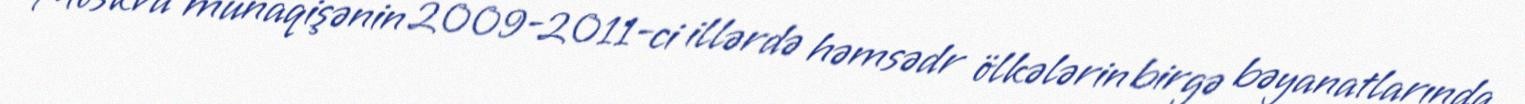
Moskva münaqişənin 2009-2011-ci illərdə həmsədr ölkələrin birgə bəyanatlarında